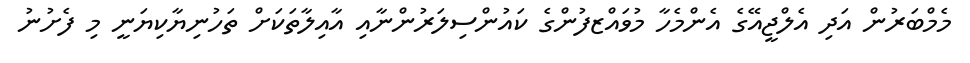
މެމްބަރުން އަދި އެލްޖީއޭގެ އެންމެހާ މުވައްޒފުންގެ ކައުންސިލަރުންނާއި އާއިލާތަކަށް ތަހުނިޔާކިޔަނީ މި ފެށުނު